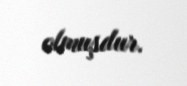
olmuşdur.